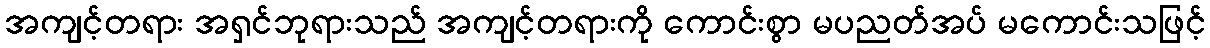
အကျင့်တရား အရှင်ဘုရားသည် အကျင့်တရားကို ကောင်းစွာ မပညတ်အပ် မကောင်းသဖြင့်